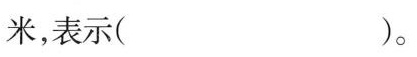
米，表示()。